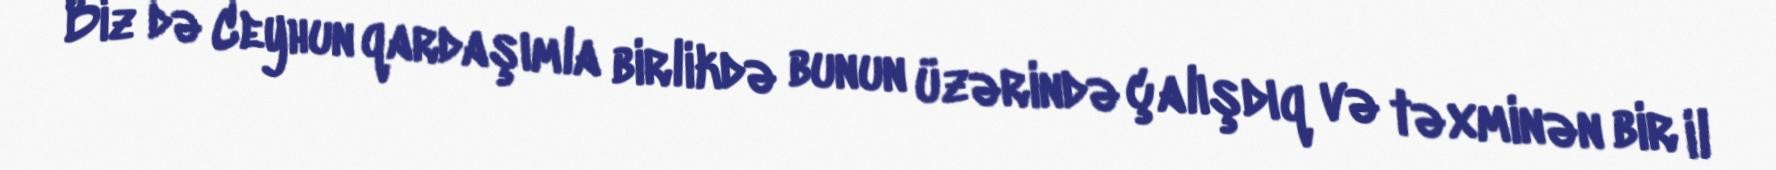
Biz də Ceyhun qardaşımla birlikdə bunun üzərində çalışdıq və təxminən bir il